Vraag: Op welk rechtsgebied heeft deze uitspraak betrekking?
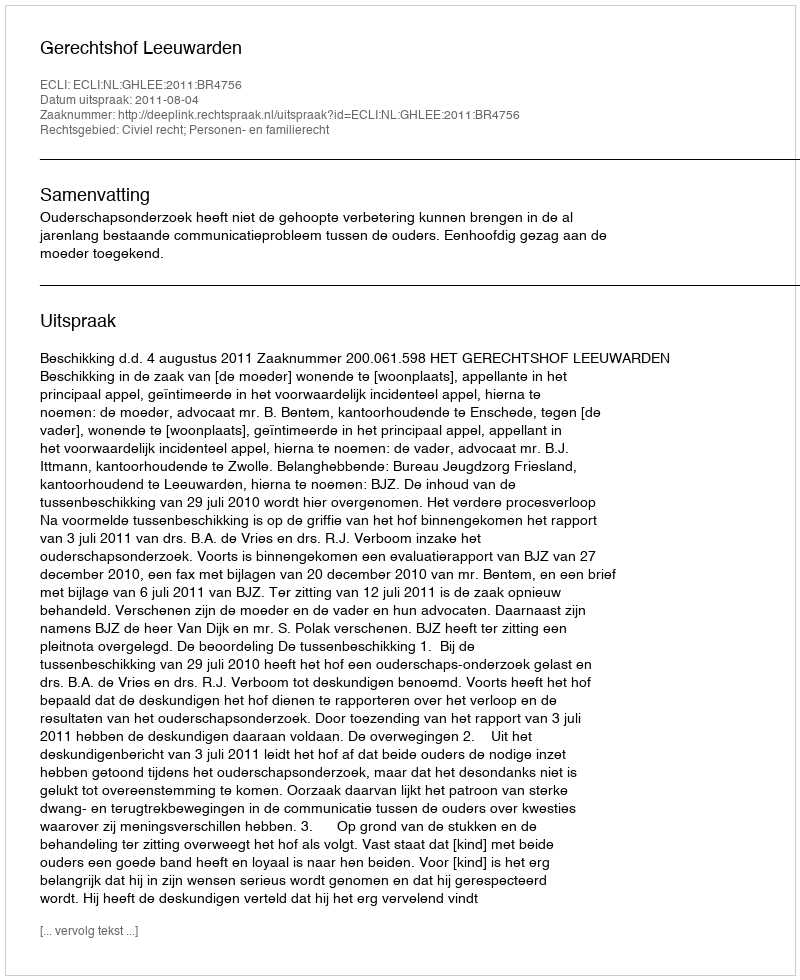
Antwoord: Civiel recht; Personen- en familierecht